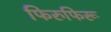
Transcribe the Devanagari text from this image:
फिरुफिरू